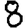
Digit: 8